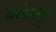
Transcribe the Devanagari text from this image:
अर्थसुत्र